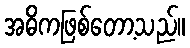
အဓိကဖြစ်တော့သည်။